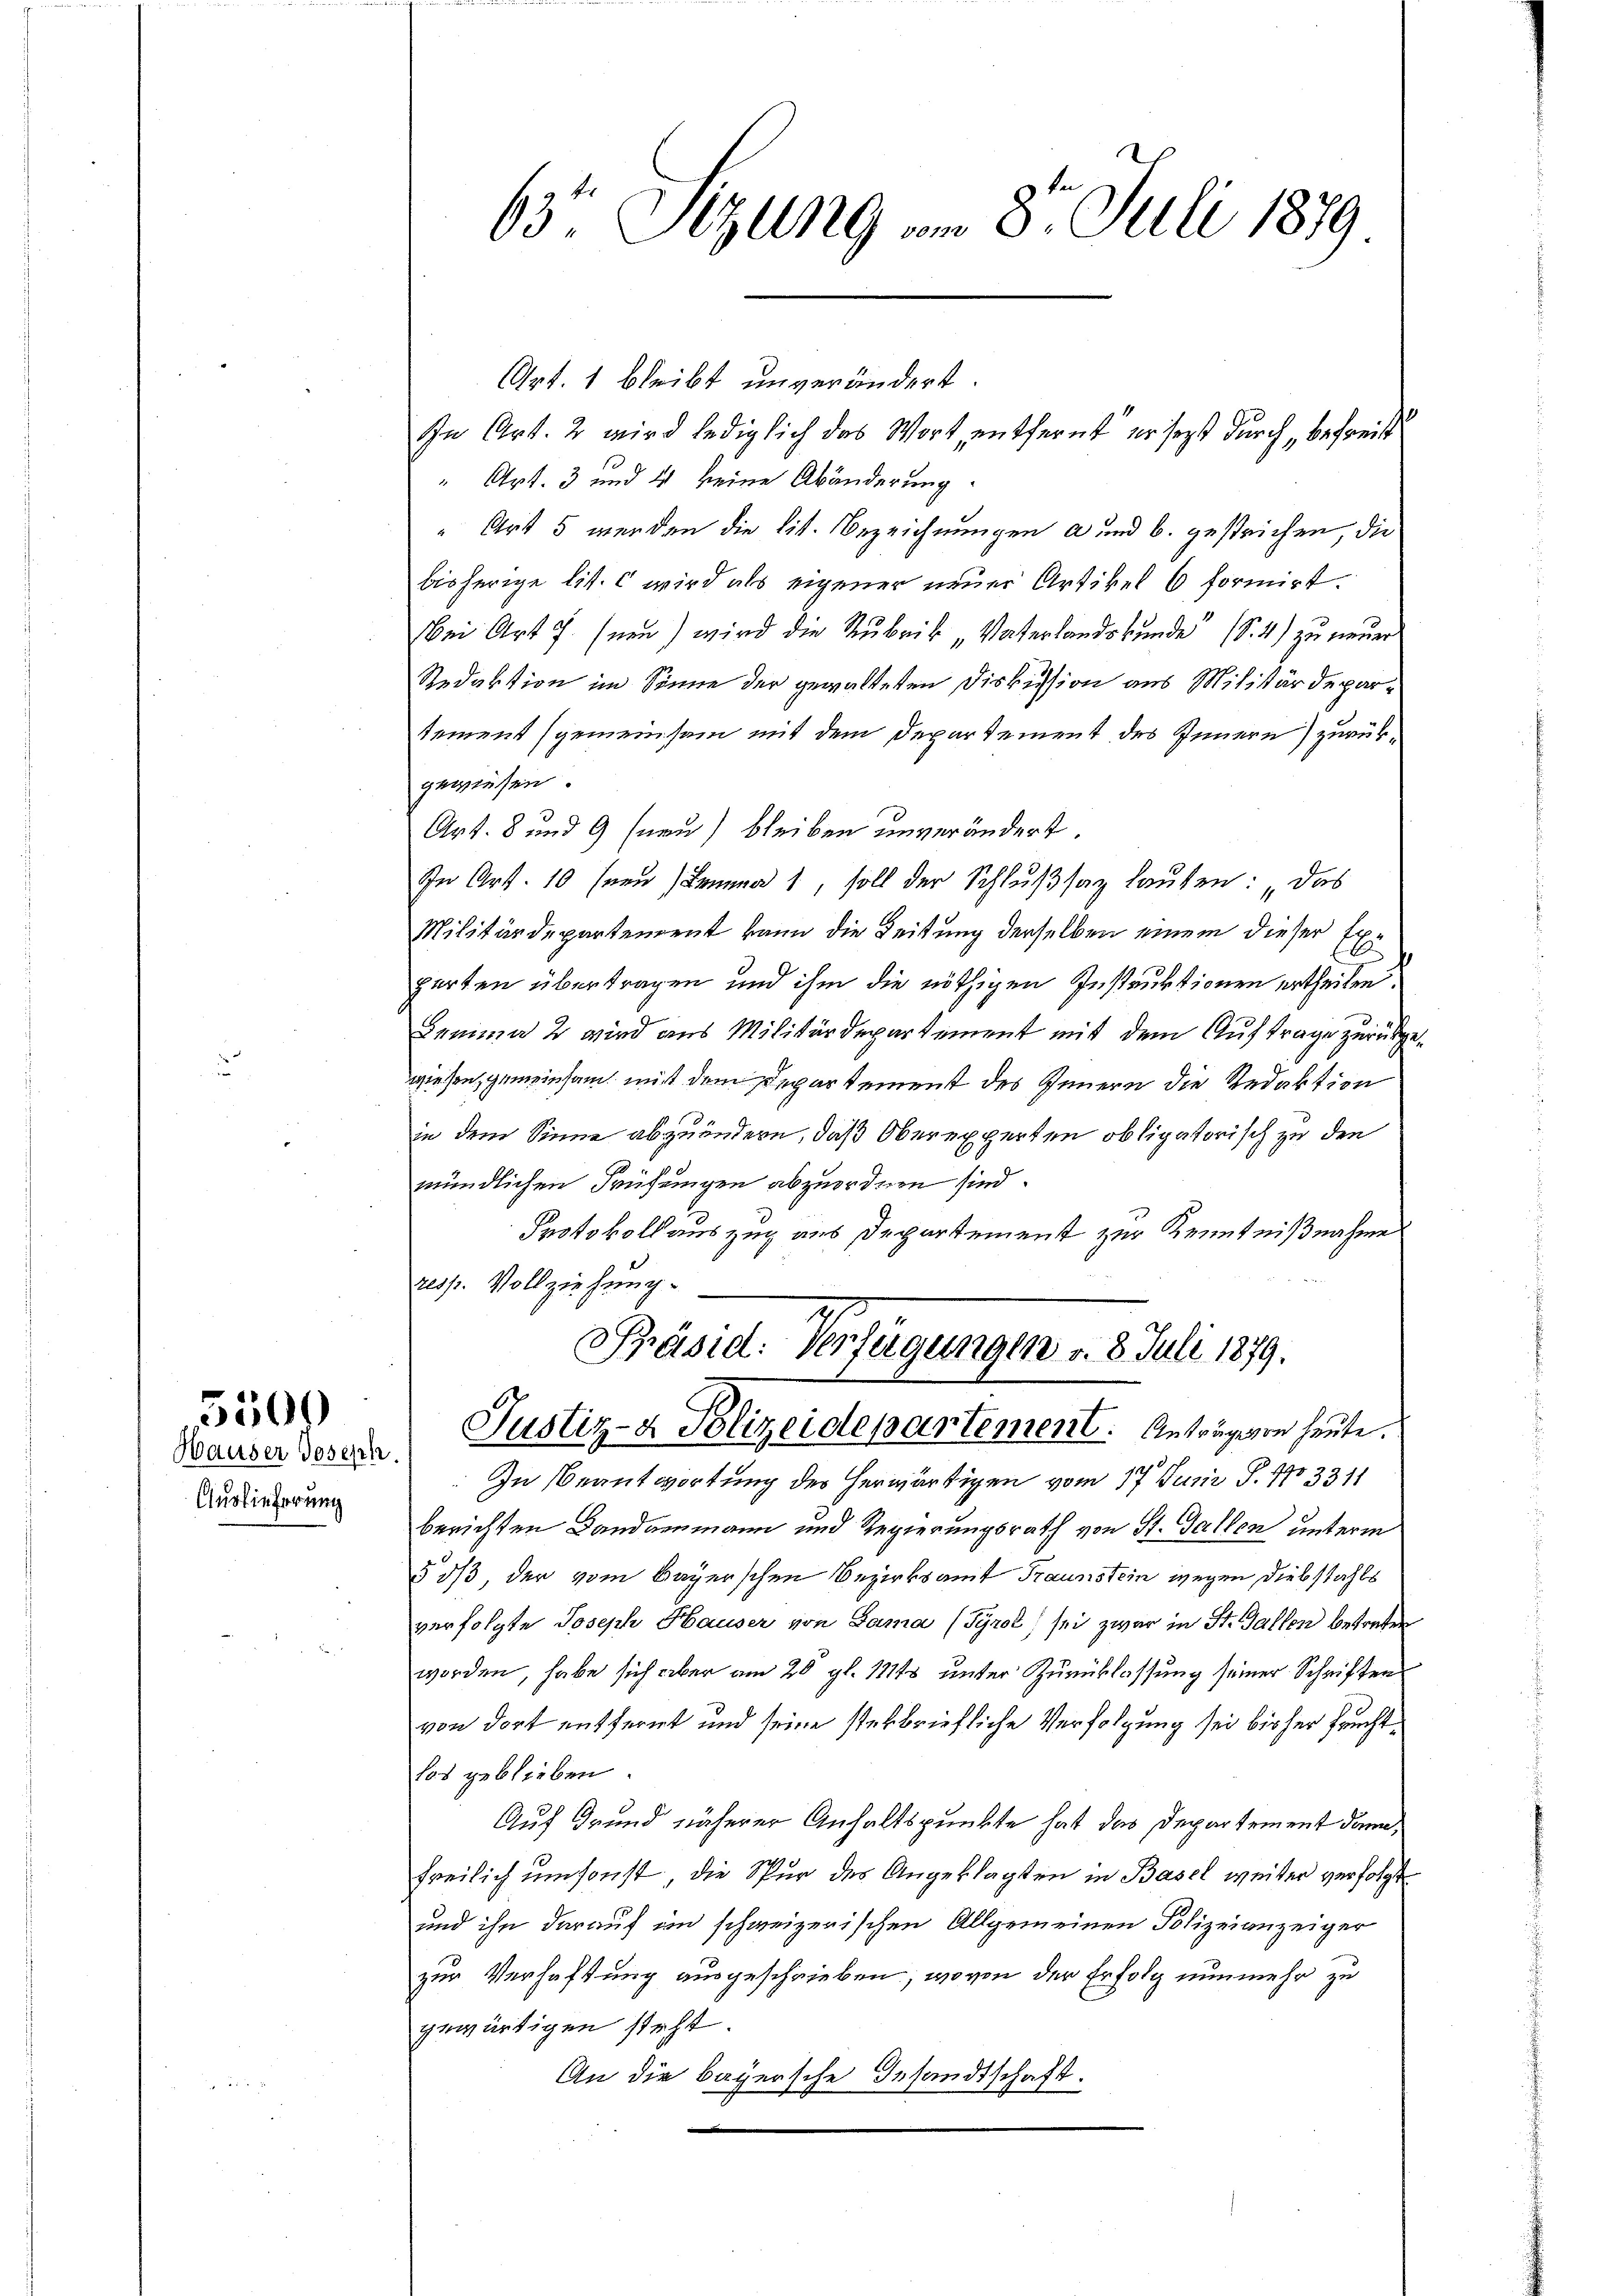
5500

Hauser Joseph.
Auslieferung

63 Sizung am 8. Juli 1879

Art. 1 bleibt unverändert.
“ Art. 3 und 4 keine Abänderung.
“ Art 5 werden die lit. Bezeichnungen a und b. gestrichen, die
bisherige lit. c wird als eigener neuer Artikel 6 formirt.
Bei Art 7. (nen) wird die Rubrik „Vaterlandskŭnde (S. 4) zu neuer
Redaktion im Sinne der gewalteten Diskussion aus Militärdepartement (gemeinsam mit dem Departement des Innern) zurükgewiesen.
Art. 8 und 9 (neu) bleiben unverändert.
In Art. 10 (neu) Lemma 1, soll der Schlŭβsaz lauten: das
Militärdepartement kann die Zeitung derselben einem dieser Ex¬
E
parten übertragen und ihm die nöthigen Instruktionen ertheilen.
Lemma 2 wird aus Militärdepartement mit dem Auftrage zurückgewiesen, gemeinsam mit dem Departement des Innern die Redaktion
in dem Sinne abzuändern, daß Oberexperten obligatorisch zu den
mündlichen Prüfungen abzuordnen sind.
Protokollauszug aus Departement zur Kenntnißnahme
resp. Vollziehung.
Präsid. Verfügungen v. 8. Juli 1879.
Justiz- & Polizeidepartement. Anträgeren heute.
In Beantwortung des herwärtigen vom 17. Juni S. 173311
berichten Landammann und Regierungsrath von St. Gallen unterm
§ 3/3, der vom Bayerschen Bezirksamt Traunstein wegen Diebstahls
verfolgte Joseph Hauser von Dama (Tyrol, sei zwar in St. Gallen betreten
worden, habe sich aber am 20. gl. 1815 unter Zurücklassung seiner Schriften
von dort entfernt und seine sterbriefliche Verfolgung sei bisher fruchtlos geblieben.
Auf Grund näherer Anhaltspunkte hat das Departement dann,
freilich umsonst, die Spur des Angeklagten in Basel weiter verfolgt.
und ihn darauf im schweizerischen Allgemeinen Polizeianzeiger
zur Verhaftung ausgeschrieben, wovon der Erfolg nunmehr zu
gewärtigen steht.
An die bayersche Gesandtschaft.

In Art. 2 wird lediglich das Wort, entfernt er sezt durch, befreit